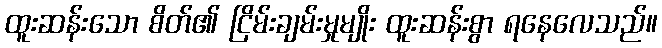
ထူးဆန်းသော စိတ်၏ ငြိမ်းချမ်းမှုမျိုး ထူးဆန်းစွာ ရနေလေသည်။